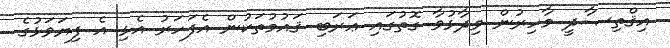
އިޤްތިޞާދީ މާހިރުން ވިދާޅުވާ ގޮތުގައި ޢަރަބި ޤައުމުތަކުން އެފަހަރު އެޅި އެ ފިޔަވަޅުގެ